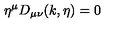
\eta ^ { \mu } D _ { \mu \nu } ( k , \eta ) = 0 \